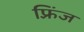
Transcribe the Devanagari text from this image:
फ़्रिंज